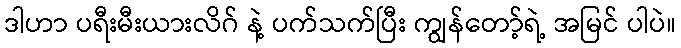
ဒါဟာ ပရီးမီးယားလိဂ် နဲ့ ပက်သက်ပြီး ကျွန်တော့်ရဲ့ အမြင် ပါပဲ။